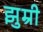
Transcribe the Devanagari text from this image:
झुम्री